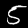
Digit: 5